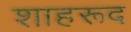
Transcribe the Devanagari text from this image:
शाहरूद